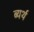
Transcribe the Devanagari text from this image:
ब्यर्थ